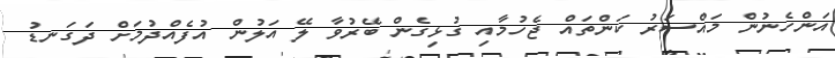
އަންހެނުން މައްސަރު ކަންތައް ޖެހުމާއި ގުޅިގެން ބޭރުވާ ލޭ އަލުން އުފެއްދުމަށް ދަގަނޑު